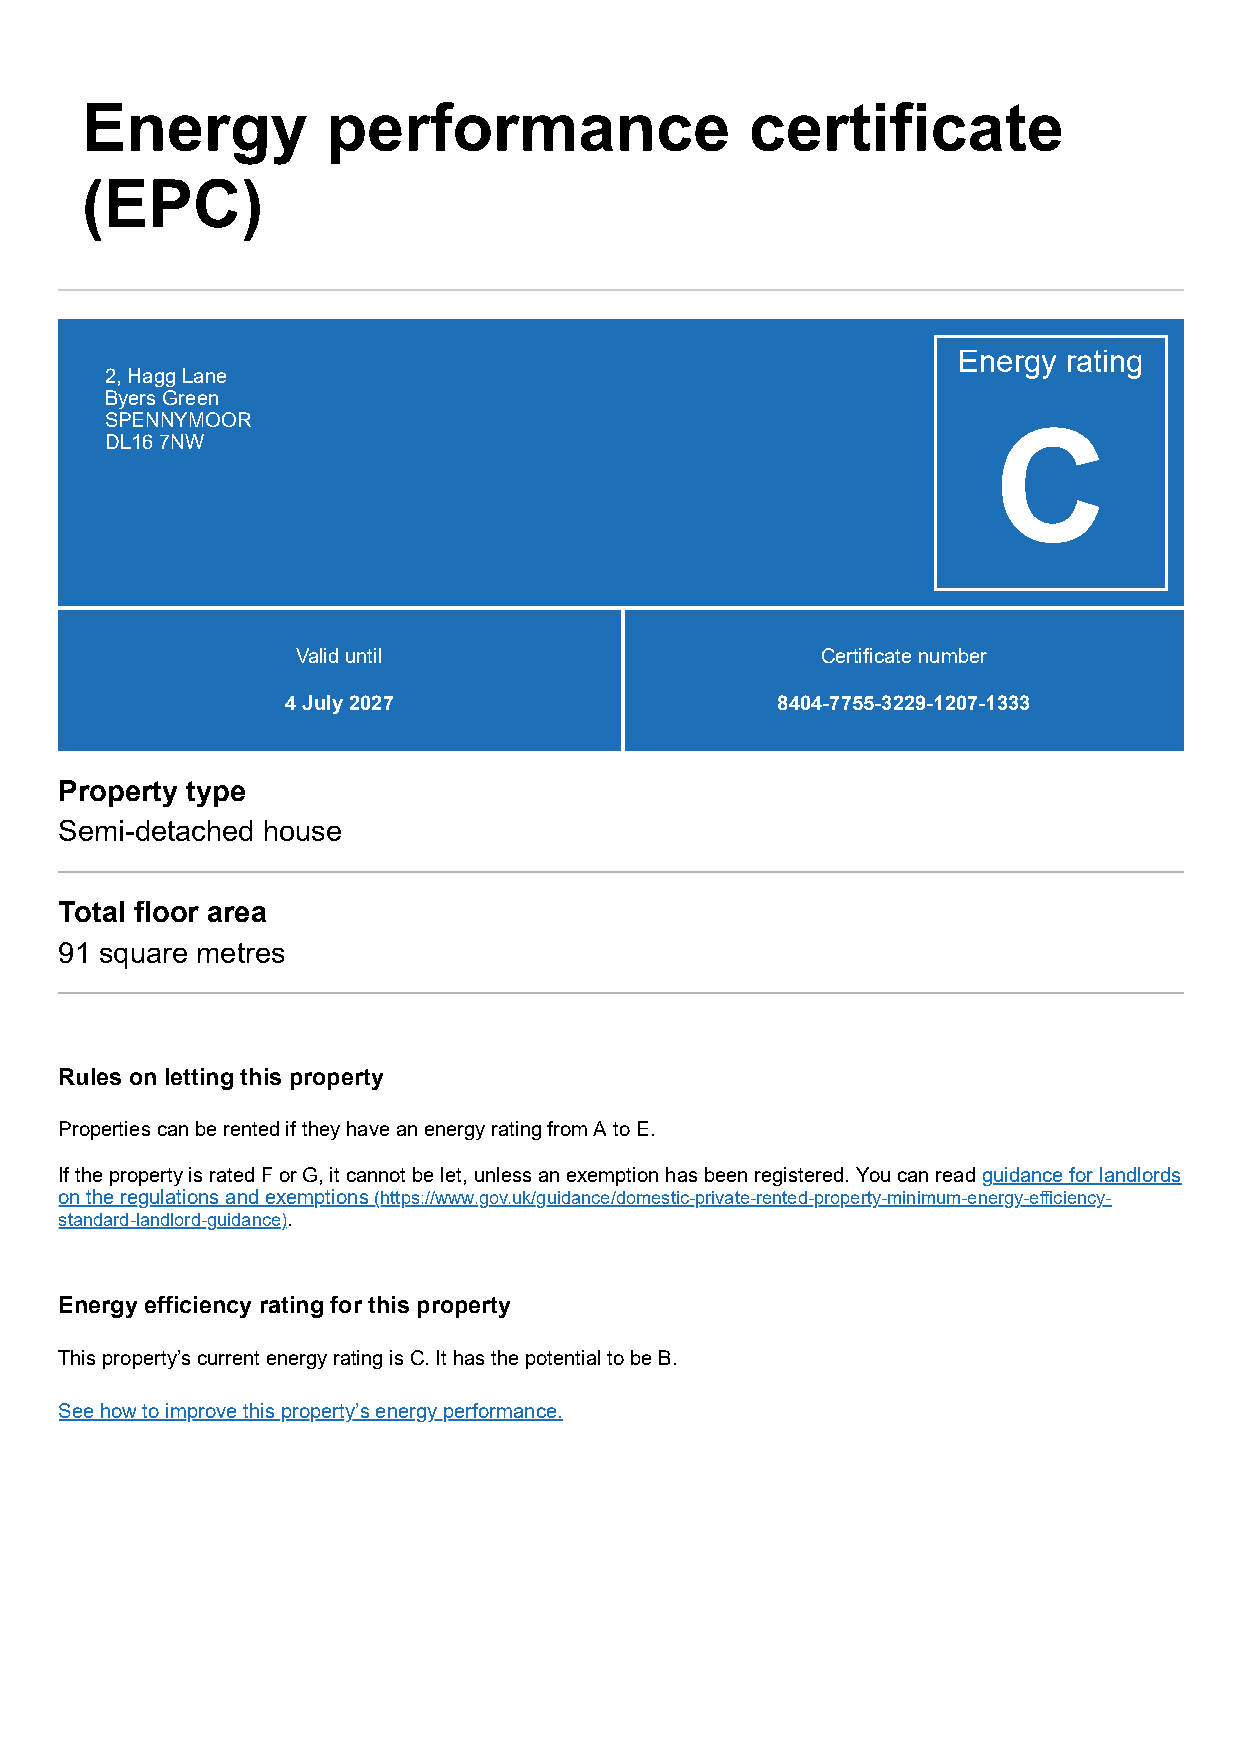
Energy           performance                 certificate
 (EPC)
 Energy  rating
 2, Hagg Lane
 Byers Green
 SPENNYMOOR
 C
 DL16 7NW
 Valid until                       Certificate number
 4 July 2027                     8404-7755-3229-1207-1333
 Property type
 Semi-detached house
 Total floor area
 91 square metres
 Rules on letting this property
 Properties can be rented if they have an energy rating from A to E.
 If the property is rated F or G, it cannot be let, unless an exemption has been registered. You can read guidance for landlords
 on the regulations and exemptions (https://www.gov.uk/guidance/domestic-private-rented-property-minimum-energy-efficiency-
 standard-landlord-guidance).
 Energy efficiency rating for this property
 This property’s current energy rating is C. It has the potential to be B.
 See how to improve this property’s energy performance.